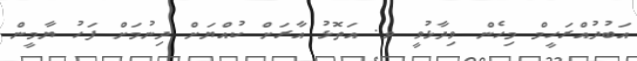
އަބުދުއްރަހީމް މިހެން ވިދާޅުވީ ވ. އަތޮޅު އާރަށް ކުއްޔަށް ދިނުމަށް ފަހު ޔާމީން